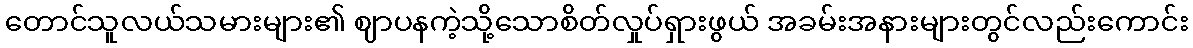
တောင်သူလယ်သမားများ၏ ဈာပနကဲ့သို့သောစိတ်လှုပ်ရှားဖွယ် အခမ်းအနားများတွင်လည်းကောင်း